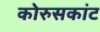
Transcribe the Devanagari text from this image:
कोरुसकांट